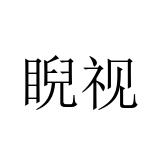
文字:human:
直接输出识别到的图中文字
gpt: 睨视